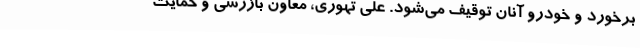
برخورد و خودرو آنان توقیف می‌شود. علی تهوری، معاون بازرسی و حمایت